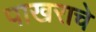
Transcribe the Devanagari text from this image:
पाखराचे